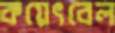
কয়েৎবেল